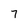
Character: 7